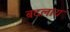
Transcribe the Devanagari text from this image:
बदलाय